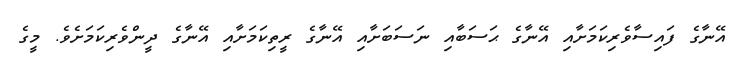
އޭނާގެ ފައިސާވެރިކަމަށާއި އޭނާގެ ޙަސަބާއި ނަސަބަށާއި އޭނާގެ ރީތިކަމަށާއި އޭނާގެ ދީންވެރިކަމަށެވެ. މީގެ